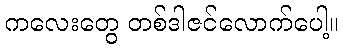
ကလေးတွေ တစ်ဒါဇင်လောက်ပေါ့။